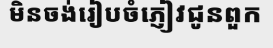
មិនចង់រៀបចំភ្ញៀវជូនពួក